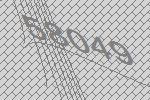
58049